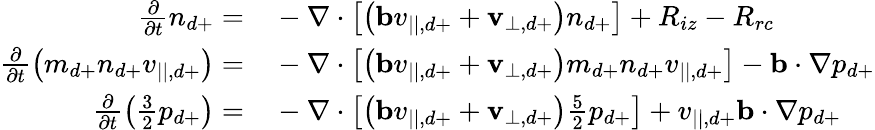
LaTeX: \begin{array}{rl}{\frac{\partial}{\partial t}n_{d+}=}&{{}-\nabla\cdot\left[\left(\mathbf{b}v_{||,d+}+\mathbf{v}_{\perp,d+}\right)n_{d+}\right]+R_{iz}-R_{rc}}\\ {\frac{\partial}{\partial t}\left(m_{d+}n_{d+}v_{||,d+}\right)=}&{{}-\nabla\cdot\left[\left(\mathbf{b}v_{||,d+}+\mathbf{v}_{\perp,d+}\right)m_{d+}n_{d+}v_{||,d+}\right]-\mathbf{b}\cdot\nabla p_{d+}}\\ {\frac{\partial}{\partial t}\left(\frac{3}{2}p_{d+}\right)=}&{{}-\nabla\cdot\left[\left(\mathbf{b}v_{||,d+}+\mathbf{v}_{\perp,d+}\right)\frac{5}{2}p_{d+}\right]+v_{||,d+}\mathbf{b}\cdot\nabla p_{d+}}\end{array}